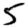
Digit: 5